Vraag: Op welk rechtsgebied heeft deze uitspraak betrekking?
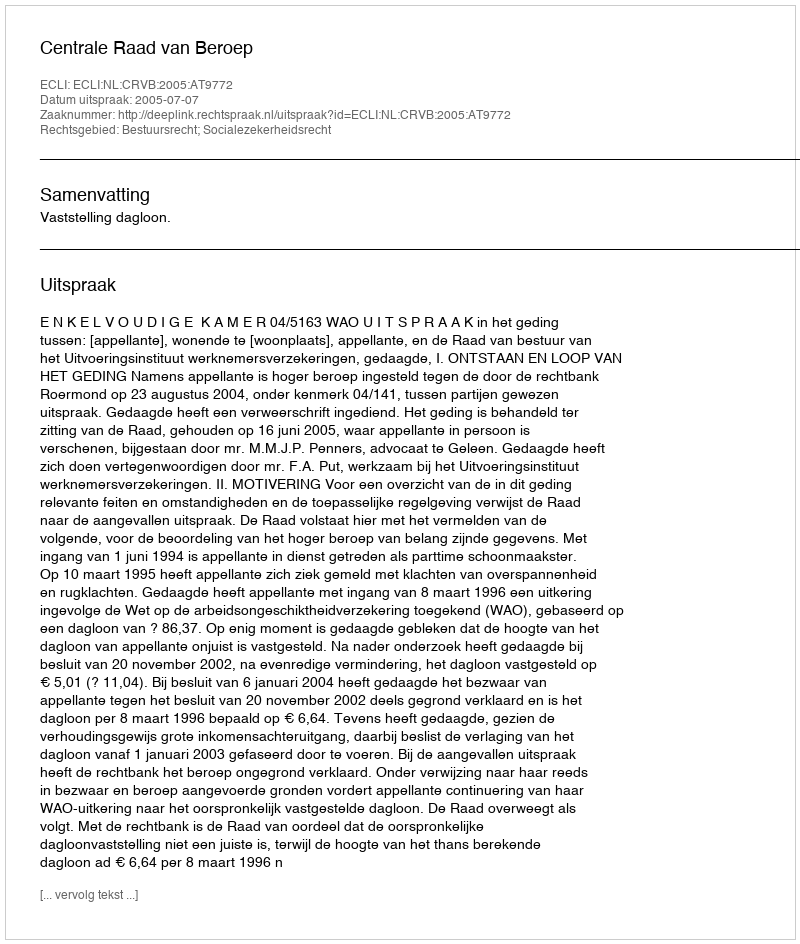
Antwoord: Bestuursrecht; Socialezekerheidsrecht